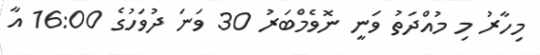
މިހާރު މި މުއްދަތު ވަނީ ނޮވެމްބަރު 30 ވަނަ ދުވަހުގެ 16:00 އާ